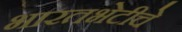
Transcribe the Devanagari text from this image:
भारतभेटीचे